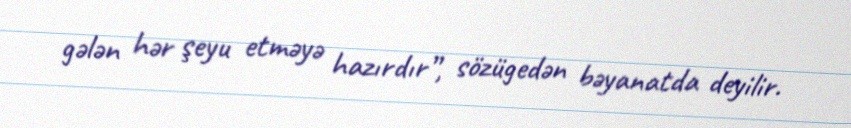
gələn hər şeyu etməyə hazırdır”, sözügedən bəyanatda deyilir.